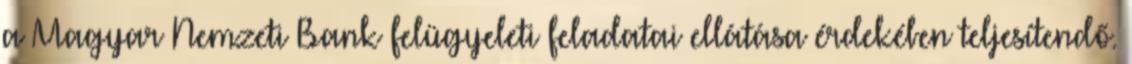
a Magyar Nemzeti Bank felügyeleti feladatai ellátása érdekében teljesítendő.